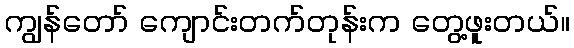
ကျွန်တော် ကျောင်းတက်တုန်းက တွေ့ဖူးတယ်။